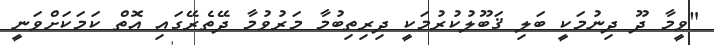
"ވީމާ ދޫ ދިނުމަކީ ބަލި ޤަބޫލުކުރުމަކީ ދިރިތިބުމާ މަރުވުމާ ދޭތެރޭގައި އޮތް ކަމަކަށްވަނީ